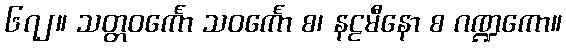
၆၇၂။ သတ္တဝင်္ကော သဝင်္ကော စ၊ နဠမီနော စ ဂဏ္ဍကော။